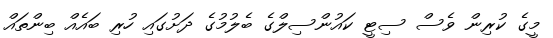
މީގެ ކުރިން ވެސް ސިޓީ ކައުންސިލްގެ ބެލުމުގެ ދަށުގައި ހުރި ބައެއް ބިންތައް